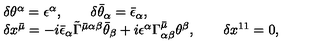
\begin{array} { l } { \delta \theta ^ { \alpha } = \epsilon ^ { \alpha } , \qquad \delta \bar { \theta } _ { \alpha } = \bar { \epsilon } _ { \alpha } , } \\ { \delta x ^ { \bar { \mu } } = - i \bar { \epsilon } _ { \alpha } \tilde { \Gamma } ^ { { \bar { \mu } } \alpha \beta } \bar { \theta } _ { \beta } + i \epsilon ^ { \alpha } \Gamma _ { \alpha \beta } ^ { \bar { \mu } } \theta ^ { \beta } , \qquad \delta x ^ { 1 1 } = 0 , } \\ \end{array}